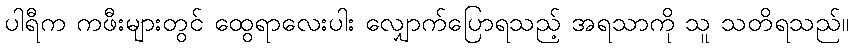
ပါရီက ကဖီးများတွင် ထွေရာလေးပါး လျှောက်ပြောရသည့် အရသာကို သူ သတိရသည်။